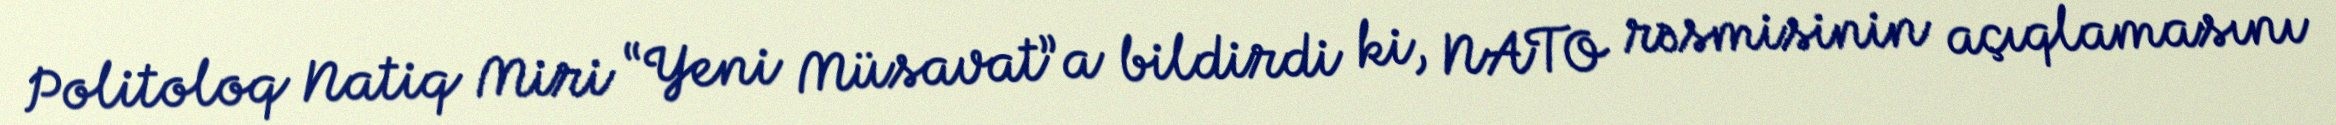
Politoloq Natiq Miri “Yeni Müsavat”a bildirdi ki, NATO rəsmisinin açıqlamasını